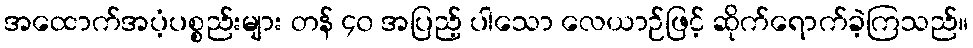
အထောက်အပံ့ပစ္စည်းများ တန် ၄၀ အပြည့် ပါသော လေယာဉ်ဖြင့် ဆိုက်ရောက်ခဲ့ကြသည်။